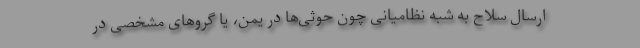
ارسال سلاح به شبه نظامیانی چون حوثی‌ها در یمن، یا گروهای مشخصی در